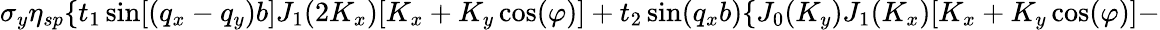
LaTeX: \sigma_{y}\eta_{sp}\{ t_{1}\sin[(q_{x}-q_{y})b]J_{1}(2K_{x})[K_{x}+K_{y}\cos(\varphi)]+t_{2}\sin(q_{x}b)\{ J_{0}(K_{y})J_{1}(K_{x})[K_{x}+K_{y}\cos(\varphi)]-